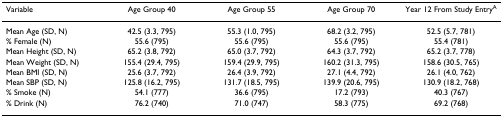
| Variable | Age Group 40 | Age Group 55 | Age Group 70 | Year 12 From Study EntryA |
 | --- | --- | --- | --- | --- |
 | Mean Age (SD, N) | 42.5 (3.3, 795) | 55.3 (1.0, 795) | 68.2 (3.2, 795) | 52.5 (5.7, 781) |
 | % Female (N) | 55.6 (795) | 55.6 (795) | 55.6 (795) | 55.4 (781) |
 | Mean Height (SD, N) | 65.2 (3.8, 792) | 65.0 (3.7, 792) | 64.3 (3.7, 792) | 65.2 (3.7, 778) |
 | Mean Weight (SD, N) | 155.4 (29.4, 795) | 159.4 (29.9, 795) | 160.2 (31.3, 795) | 158.6 (30.5, 765) |
 | Mean BMI (SD, N) | 25.6 (3.7, 792) | 26.4 (3.9, 792) | 27.1 (4.4, 792) | 26.1 (4.0, 762) |
 | Mean SBP (SD, N) | 125.8 (16.2, 795) | 131.7 (18.5, 795) | 139.9 (20.6, 795) | 130.9 (18.2, 768) |
 | % Smoke (N) | 54.1 (777) | 36.6 (795) | 17.2 (793) | 40.3 (767) |
 | % Drink (N) | 76.2 (740) | 71.0 (747) | 58.3 (775) | 69.2 (768) |